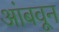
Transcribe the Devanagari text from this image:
आंबवून